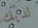
لديك